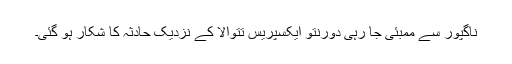
ناگپور سے ممبئی جا رہی دورنتو ایکسپریس تتوالا کے نزدیک حادثہ کا شکار ہو گئی۔